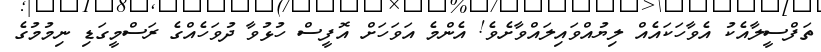
ތަފްސީލާއެކު އެވާހަކައެއް ލިޔުއްވައިލައްވާށެވެ! އެންމެ އަވަހަށް އޮފީސް ހުޅުވާ ދުވަހެއްގެ ރަސްމީގަޑި ނިމުމުގެ